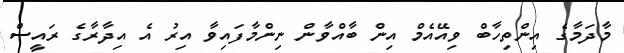
މާދަމާގެ އިންތިހާބް ވިއޭއެމް އިން ބާއްވާން ނިންމާފައިވާ އިރު އެ އިދާރާގެ ރައީސް